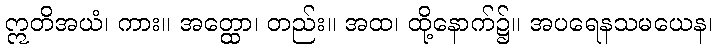
ဣတိအယံ၊ ကား။ အတ္ထော၊ တည်း။ အထ၊ ထို့နောက်၌။ အပရေနသမယေန၊